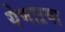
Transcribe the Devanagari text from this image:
येणाऱया